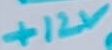
Text: +12V